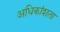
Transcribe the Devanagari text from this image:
अधिकांशता